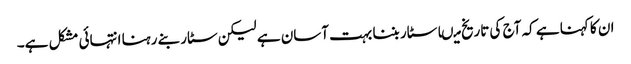
ان کا کہنا ہے کہ آج کی تاریخ میںا سٹار بننا بہت آسان ہے لیکن سٹار بنے رہنا انتہائی مشکل ہے۔